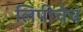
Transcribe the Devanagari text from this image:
लिपीचेचं